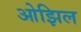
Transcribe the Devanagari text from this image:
ओझिल